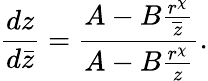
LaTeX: \frac{dz}{d\bar{z}}=\frac{A-B\frac{r^{\chi}}{\overline{{z}}}}{A-B\frac{r^{\chi}}{z}}.